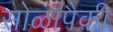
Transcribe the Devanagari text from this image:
सोळापैकी